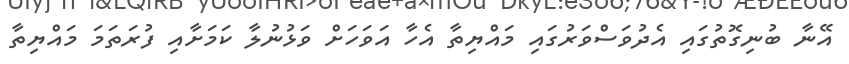
އޭނާ ބުނިގޮތުގައި އެދުވަސްވަރުގައި މައްޔިތާ އެހާ އަވަހަށް ވަޅުނުލާ ކަމަށާއި ފުރަތަމަ މައްޔިތާ